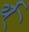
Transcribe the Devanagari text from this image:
र्य